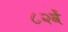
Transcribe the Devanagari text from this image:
८२वें